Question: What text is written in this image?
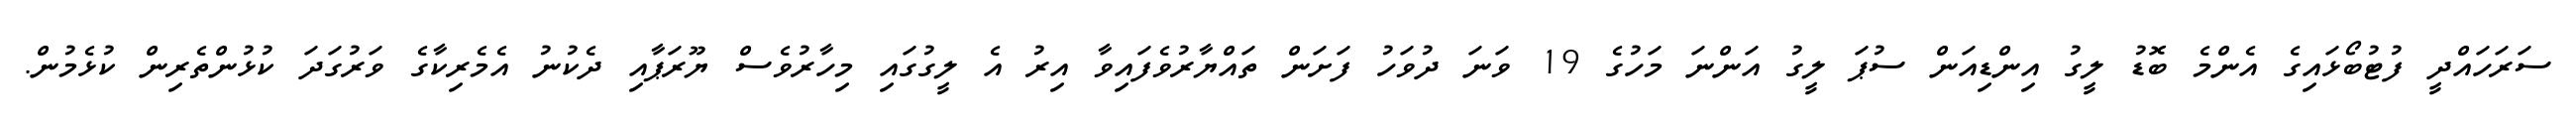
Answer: ސަރަހައްދީ ފުޓުބޯޅައިގެ އެންމެ ބޮޑު ލީގު އިންޑިއަން ސުޕަ ލީގު އަންނަ މަހުގެ 19 ވަނަ ދުވަހު ފަށަން ތައްޔާރުވެފައިވާ އިރު އެ ލީގުގައި މިހާރުވެސް ޔޫރަޕާއި ދެކުނު އެމެރިކާގެ ވަރުގަދަ ކުޅުންތެރިން ކުޅެމުން.